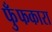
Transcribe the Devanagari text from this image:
फुँफकारा